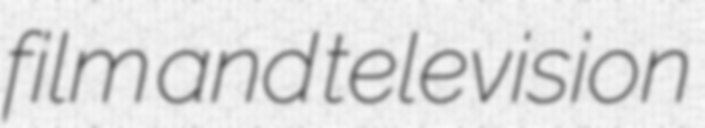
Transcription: film and television